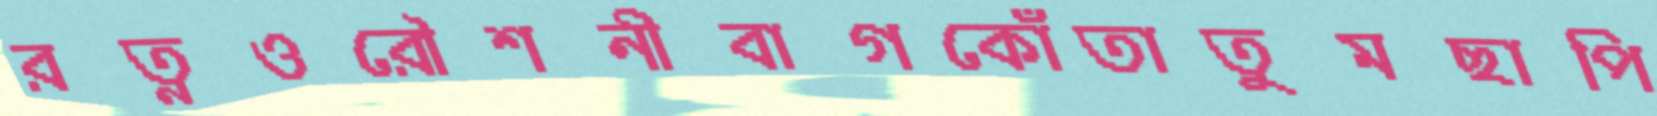
রত্নওরৌশনীবাগকোঁতাতুমছাপি